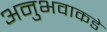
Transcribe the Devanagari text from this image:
अनुभवाकडे